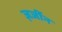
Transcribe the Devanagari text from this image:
ज़र्जीन